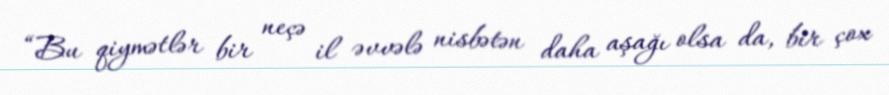
“Bu qiymətlər bir neçə il əvvələ nisbətən daha aşağı olsa da, bir çox